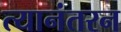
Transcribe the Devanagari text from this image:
त्यानंतरन